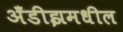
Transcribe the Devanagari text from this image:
अँडीझमधील